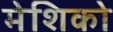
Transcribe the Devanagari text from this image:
मेशिको